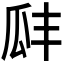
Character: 𤫬